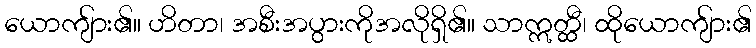
ယောကျ်ား၏။ ဟိတာ၊ အစီးအပွားကိုအလိုရှိ၏။ သာဣတ္ထီ၊ ထိုယောကျ်ား၏